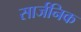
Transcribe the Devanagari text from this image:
सार्जनिक